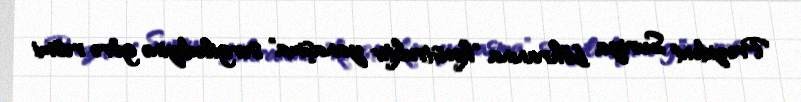
Prezident Suriya böhranına "konstruktiv yanaşma" sərgilədiyinə görə rəsmi